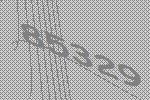
85329